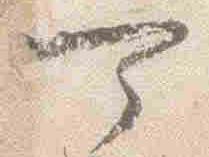
可